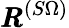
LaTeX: {\pmb R}^{(S\Omega)}